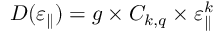
D ( \varepsilon _ { \parallel } ) = g \times C _ { k , q } \times \varepsilon _ { \parallel } ^ { k }